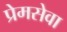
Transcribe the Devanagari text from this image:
प्रेमसेवा